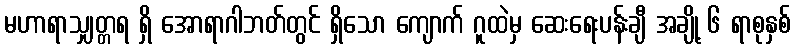
မဟာရာသျှတ္တရ ရှိ အောရာဂါဘတ်တွင် ရှိသော ကျောက် ဂူထဲမှ ဆေးရေးပန်းချီ အချို့ ၆ ရာစုနှစ်